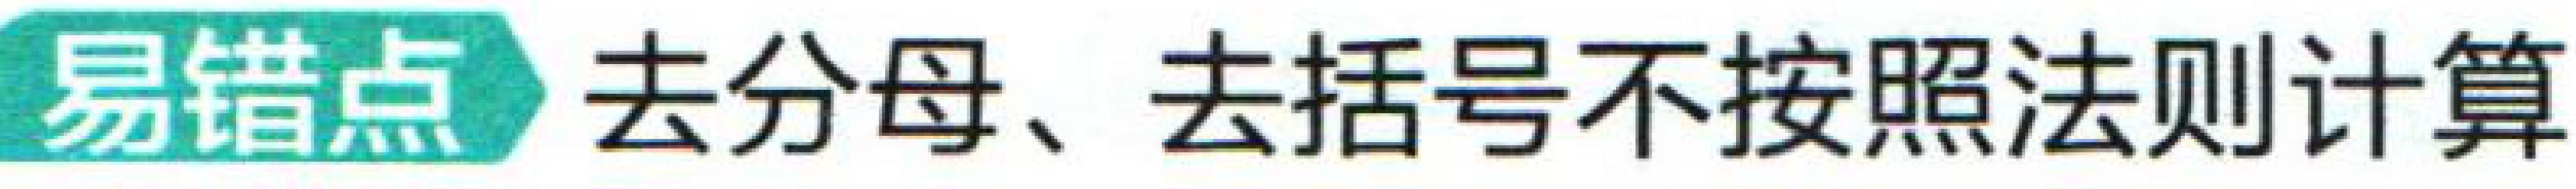
易错点 去分母、去括号不按照法则计算